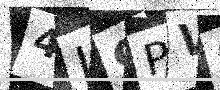
Text: 4I9PV0